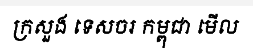
ក្រសួង ទេសចរ កម្ពុជា មើល